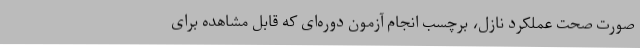
صورت صحت عملکرد نازل، برچسب انجام آزمون دوره‌ای که قابل مشاهده برای